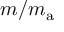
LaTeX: m / m _ { \mathrm { a } }